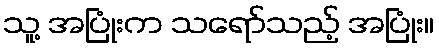
သူ့ အပြုံးက သရော်သည့် အပြုံး။